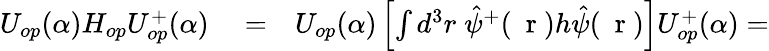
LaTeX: \begin{array}{rlr}{U_{op}(\alpha)H_{op}U_{op}^{+}(\alpha)}&{{}=}&{U_{op}(\alpha)\left[\int d^{3}r\; \hat{\psi}^{+}(\mathrm{~\mathbf~r~})h\hat{\psi}(\mathrm{~\mathbf~r~})\right]U_{op}^{+}(\alpha)=}\end{array}